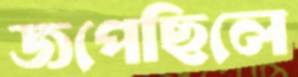
জপেছিলে